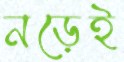
নড়েই